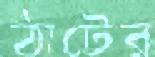
ঠাটের